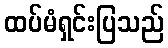
ထပ်မံရှင်းပြသည်